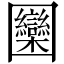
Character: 圞